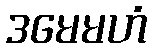
ဒမေမဟံ